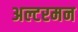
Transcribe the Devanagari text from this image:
अल्टरमन